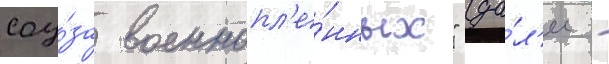
соу́за военнопл'е́нных" (да́л'ее -